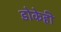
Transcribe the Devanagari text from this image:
डोकेही